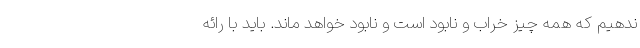
ندهیم که همه چیز خراب و نابود است و نابود خواهد ماند. باید با رائه